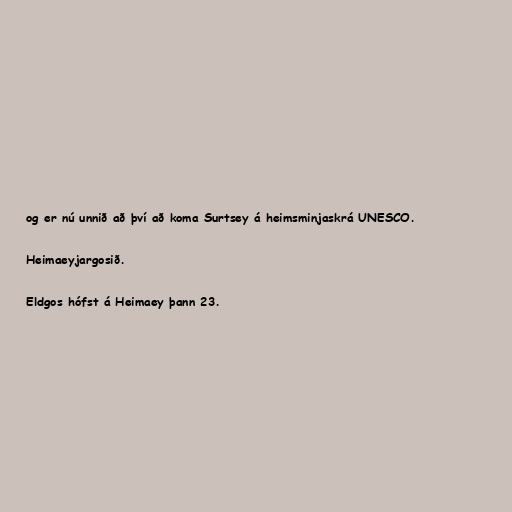
og er nú unnið að því að koma Surtsey á heimsminjaskrá UNESCO.

Heimaeyjargosið.

Eldgos hófst á Heimaey þann 23.